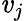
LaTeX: \mathit{v}_{j}